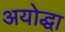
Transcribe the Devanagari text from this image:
अयोद्धा